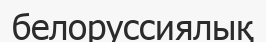
белоруссиялық